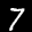
Label: 7